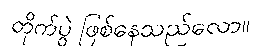
တိုက်ပွဲ ဖြစ်နေသည်လော။